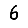
Digit: 6